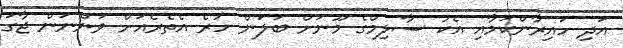
އަދި ހައިރާންކަމާއި އެކު ސާލިމްގެ މޫނަށް ބަލަން ހުރެ އެތެރެއަށް ވަންނަން ޖާގަ